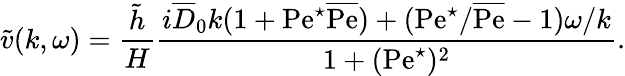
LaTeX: \tilde{v}(k,\omega)=\frac{\tilde{h}}{H}\frac{i\overline{{D}}_{0}k(1+\mathrm{Pe}^{\star}\overline{{\mathrm{Pe}}})+(\mathrm{Pe}^{\star}/\overline{{\mathrm{Pe}}}-1)\omega/k}{{1+(\mathrm{Pe}^{\star})^{2}}}.